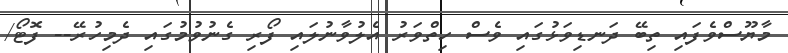
މާޔޫސްވެެފައި ތިބޭ ދަނޑިވަޅުގައި ވެސް ހިތްވަރު އެލުވާނުލައި ފޯރި ގެނުވުމުގައި ދެމިހުރޭ-- ފޮޓޯ/